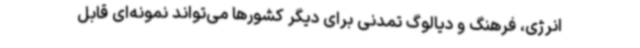
انرژی، فرهنگ و دیالوگ تمدنی برای دیگر کشورها می‌تواند نمونه‌ای قابل